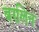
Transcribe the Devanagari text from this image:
बरलिन